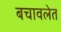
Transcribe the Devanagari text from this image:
बचावलेत